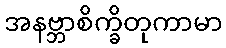
အနဗ္ဘာစိက္ခိတုကာမာ